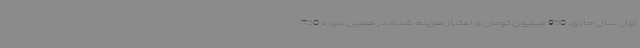
اول سال جاری، 950 میلیون تومان و اعتبار هزینه شده در همین دوره 750